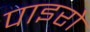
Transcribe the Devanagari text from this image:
पाइरो